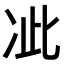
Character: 𭂍